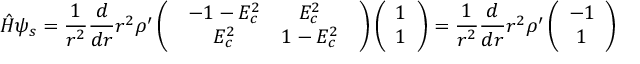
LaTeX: { \hat { H } } \psi _ { s } = \frac { 1 } { r ^ { 2 } } \frac { d } { d r } r ^ { 2 } { \rho } ^ { \prime } \left( \begin{array} { c } { { \begin{array} { c c } { { - 1 - E _ { c } ^ { 2 } } } & { { E _ { c } ^ { 2 } } } \\ { { E _ { c } ^ { 2 } } } & { { 1 - E _ { c } ^ { 2 } } } \end{array} } } \end{array} \right) \left( \begin{array} { c } { { 1 } } \\ { { 1 } } \end{array} \right) = \frac { 1 } { r ^ { 2 } } \frac { d } { d r } r ^ { 2 } { \rho } ^ { \prime } \left( \begin{array} { c } { { - 1 } } \\ { { 1 } } \end{array} \right)